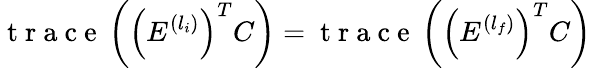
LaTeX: \mathrm{~t~r~a~c~e~}\left(\left(E^{(l_{i})}\right)^{T}C\right)=\mathrm{~t~r~a~c~e~}\left(\left(E^{(l_{f})}\right)^{T}C\right)